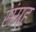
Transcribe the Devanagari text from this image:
संग्र्ह्